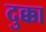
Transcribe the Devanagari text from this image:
दुक्का